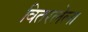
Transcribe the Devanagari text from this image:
वितरलेला